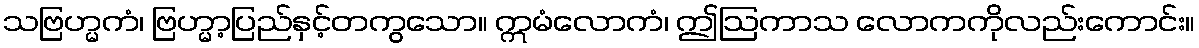
သဗြဟ္မကံ၊ ဗြဟ္မာ့ပြည်နှင့်တကွသော။ ဣမံလောကံ၊ ဤဩကာသ လောကကိုလည်းကောင်း။